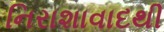
નિરાશાવાદથી